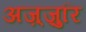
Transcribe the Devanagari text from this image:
अज़्ज़ुरि